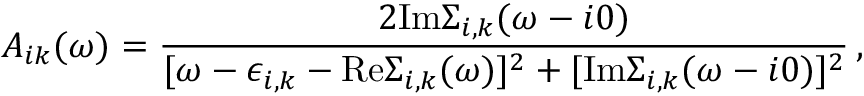
A _ { i k } ( \omega ) = \frac { 2 \mathrm { I m } \Sigma _ { i , k } ( \omega - i 0 ) } { [ \omega - \epsilon _ { i , k } - \mathrm { R e } \Sigma _ { i , k } ( \omega ) ] ^ { 2 } + [ \mathrm { I m } \Sigma _ { i , k } ( \omega - i 0 ) ] ^ { 2 } } \, ,